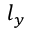
l _ { y }